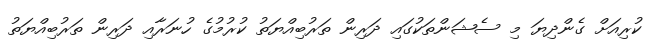
ކުރިއަށް ގެންދިޔަ މި ސެޝަންތަކުގައި ދަރިން ތަރުބިއްޔަތު ކުރުމުގެ ހުނަރާއި ދަރިން ތަރުބިއްޔަތު